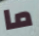
ما